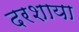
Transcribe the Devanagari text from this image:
दरशाया